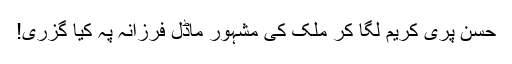
حسن پری کریم لگا کر ملک کی مشہور ماڈل فرزانہ پہ کیا گزری!